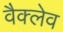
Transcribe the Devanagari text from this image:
वैक्लेव